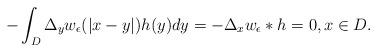
LaTeX: \begin{align*}-\int_D \Delta_y w_\epsilon(|x - y|)h(y)dy= - \Delta_x w_\epsilon * h = 0, x \in D.\end{align*}